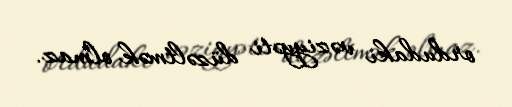
ordudakı vəziyyəti düzəltmək olmaz.